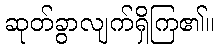
ဆုတ်ခွာလျက်ရှိကြ၏။